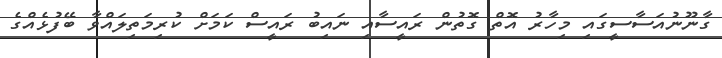
ގާނޫނުއަސާސީގައި މިހާރު އޮތް ގޮތުން ރައީސާއި ނައިބު ރައީސް ކަމަށް ކުރިމަތިލައްވާ ބޭފުޅެއްގެ